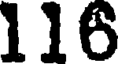
116